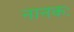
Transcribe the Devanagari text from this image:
नानकः